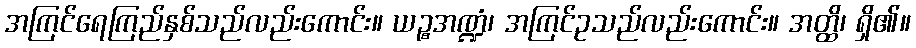
အကြင်ရေကြည်နှစ်သည်လည်းကောင်း။ ယဉ္စအဏ္ဍံ၊ အကြင်ဥသည်လည်းကောင်း။ အတ္ထိ၊ ရှိ၏။